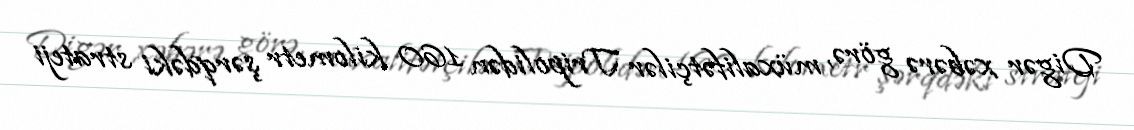
Digər xəbərə görə, müxalifətçilər Tripolidən 160 kilometr şərqdəki strateji